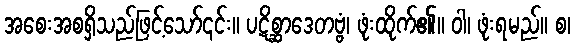
အစေးအစရှိသည်ဖြင့်သော်၎င်း။ ပဋိစ္ဆာဒေတဗ္ဗံ၊ ဖုံးထိုက်၏။ ဝါ၊ ဖုံးရမည်။ စ၊